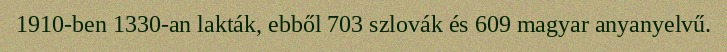
1910-ben 1330-an lakták, ebből 703 szlovák és 609 magyar anyanyelvű.